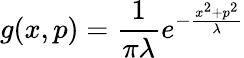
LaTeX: g(x,p)=\frac{1}{\pi\lambda}e^{-\frac{x^{2}+p^{2}}{\lambda}}